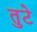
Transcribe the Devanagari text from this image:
तुटे